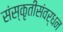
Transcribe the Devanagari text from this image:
संस्कृतीसंवर्धन